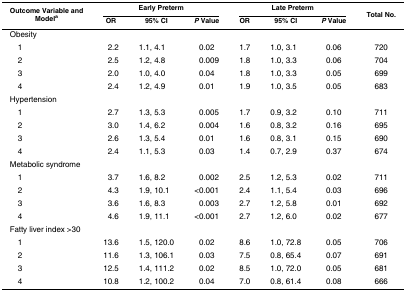
<table><thead><tr><td rowspan="2"><b>Outcome Variable and Model<sup>a</sup></b></td><td colspan="3"><b>Early Preterm</b></td><td colspan="3"><b>Late Preterm</b></td><td rowspan="2"><b>Total No.</b></td></tr><tr><td><b>OR</b></td><td><b>95% CI</b></td><td><b><i>P</i> Value</b></td><td><b>OR</b></td><td><b>95% CI</b></td><td><b><i>P</i> Value</b></td></tr></thead><tbody><tr><td>Obesity</td><td></td><td></td><td></td><td></td><td></td><td></td><td></td></tr><tr><td> 1</td><td>2.2</td><td>1.1, 4.1</td><td>0.02</td><td>1.7</td><td>1.0, 3.1</td><td>0.06</td><td>720</td></tr><tr><td> 2</td><td>2.5</td><td>1.2, 4.8</td><td>0.009</td><td>1.8</td><td>1.0, 3.3</td><td>0.06</td><td>704</td></tr><tr><td> 3</td><td>2.0</td><td>1.0, 4.0</td><td>0.04</td><td>1.8</td><td>1.0, 3.3</td><td>0.05</td><td>699</td></tr><tr><td> 4</td><td>2.4</td><td>1.2, 4.9</td><td>0.01</td><td>1.9</td><td>1.0, 3.5</td><td>0.05</td><td>683</td></tr><tr><td>Hypertension</td><td></td><td></td><td></td><td></td><td></td><td></td><td></td></tr><tr><td> 1</td><td>2.7</td><td>1.3, 5.3</td><td>0.005</td><td>1.7</td><td>0.9, 3.2</td><td>0.10</td><td>711</td></tr><tr><td> 2</td><td>3.0</td><td>1.4, 6.2</td><td>0.004</td><td>1.6</td><td>0.8, 3.2</td><td>0.16</td><td>695</td></tr><tr><td> 3</td><td>2.6</td><td>1.3, 5.4</td><td>0.01</td><td>1.6</td><td>0.8, 3.1</td><td>0.15</td><td>690</td></tr><tr><td> 4</td><td>2.4</td><td>1.1, 5.3</td><td>0.03</td><td>1.4</td><td>0.7, 2.9</td><td>0.37</td><td>674</td></tr><tr><td>Metabolic syndrome</td><td></td><td></td><td></td><td></td><td></td><td></td><td></td></tr><tr><td> 1</td><td>3.7</td><td>1.6, 8.2</td><td>0.002</td><td>2.5</td><td>1.2, 5.3</td><td>0.02</td><td>711</td></tr><tr><td> 2</td><td>4.3</td><td>1.9, 10.1</td><td>&lt;0.001</td><td>2.4</td><td>1.1, 5.4</td><td>0.03</td><td>696</td></tr><tr><td> 3</td><td>3.6</td><td>1.6, 8.3</td><td>0.003</td><td>2.7</td><td>1.2, 5.8</td><td>0.01</td><td>692</td></tr><tr><td> 4</td><td>4.6</td><td>1.9, 11.1</td><td>&lt;0.001</td><td>2.7</td><td>1.2, 6.0</td><td>0.02</td><td>677</td></tr><tr><td>Fatty liver index &gt;30</td><td></td><td></td><td></td><td></td><td></td><td></td><td></td></tr><tr><td> 1</td><td>13.6</td><td>1.5, 120.0</td><td>0.02</td><td>8.6</td><td>1.0, 72.8</td><td>0.05</td><td>706</td></tr><tr><td> 2</td><td>11.6</td><td>1.3, 106.1</td><td>0.03</td><td>7.5</td><td>0.8, 65.4</td><td>0.07</td><td>691</td></tr><tr><td> 3</td><td>12.5</td><td>1.4, 111.2</td><td>0.02</td><td>8.5</td><td>1.0, 72.0</td><td>0.05</td><td>681</td></tr><tr><td> 4</td><td>10.8</td><td>1.2, 100.2</td><td>0.04</td><td>7.0</td><td>0.8, 61.4</td><td>0.08</td><td>666</td></tr></tbody></table>